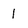
Character: 1